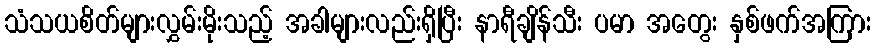
သံသယစိတ်များလွှမ်းမိုးသည့် အခါများလည်းရှိပြီး နာရီချိန်သီး ပမာ အတွေး နှစ်ဖက်အကြား